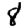
Digit: 8